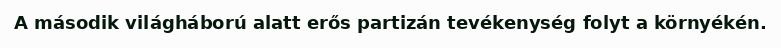
A második világháború alatt erős partizán tevékenység folyt a környékén.